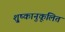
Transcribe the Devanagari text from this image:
शु्ष्कानुकूलित